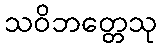
သဝိဘတ္တေသု